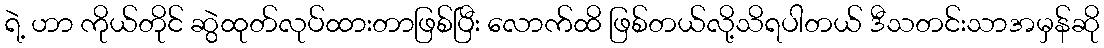
ရဲ့ ဟာ ကိုယ်တိုင် ဆွဲထုတ်လုပ်ထားတာဖြစ်ပြီး လောက်ထိ ဖြစ်တယ်လို့သိရပါတယ် ဒီသတင်းသာအမှန်ဆို